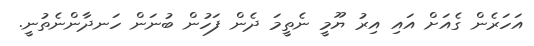
އަހަރެން ގެއަށް އައި އިރު ޔޫމީ ނެތީމަ ދެން ފަހުން ބުނަން ހަނދާންނެތުނީ.